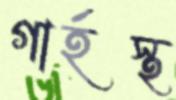
গার্হস্থ